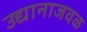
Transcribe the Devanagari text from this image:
उद्यानाजवळ